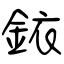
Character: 銥